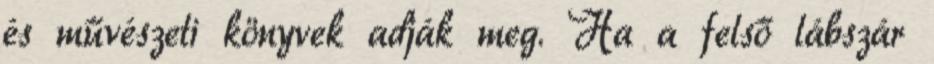
és művészeti könyvek adják meg. Ha a felső lábszár